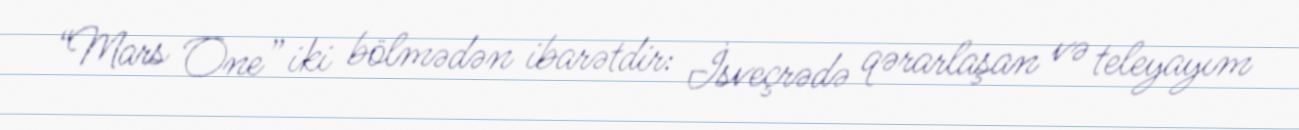
“Mars One” iki bölmədən ibarətdir: İsveçrədə qərarlaşan və teleyayım